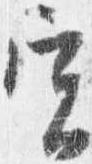
実